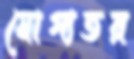
যোগ্যতর